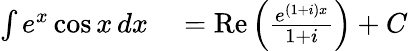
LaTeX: \begin{array}{rl}{\int e^{x}\cos x\, dx}&{{}=\operatorname{Re}\left({\frac{e^{(1+i)x}}{1+i}}\right)+C}\end{array}